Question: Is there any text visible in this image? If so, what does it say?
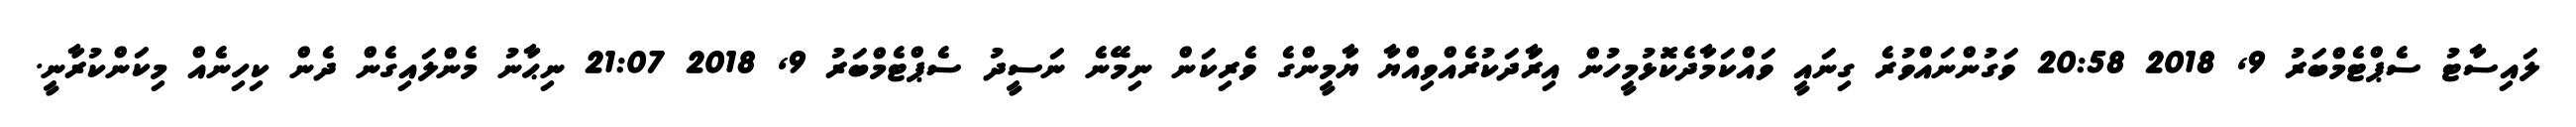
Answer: ލައިސާޓު ސެޕްޓެމްބަރު 9, 2018 20:58 ވަގުންނައްވުރެ ގިނައީ ވައްކަމާދެކޮޅުމީހުން އިރަާދަކުރެއްވިއްޔާ ޔާމީންގެ ވެރިކަން ނިމޭނެ ނަސީދު ސެޕްޓެމްބަރު 9, 2018 21:07 ނިޙާނު މެންލައިގެން ދެން ކިހިނެއް މިކަންކުރާނީ.